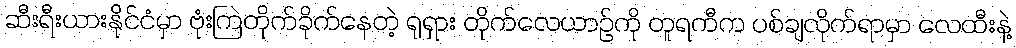
ဆီးရီးယားနိုင်ငံမှာ ဗုံးကြဲတိုက်ခိုက်နေတဲ့ ရုရှား တိုက်လေယာဉ်ကို တူရကီက ပစ်ချလိုက်ရာမှာ လေထီးနဲ့